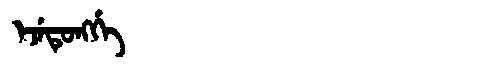
Manchu: ᡝᠵᡝᡨᡠᠩᡤᡝ
Romanization: EJETUNGGE